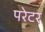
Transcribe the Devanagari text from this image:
परेटर